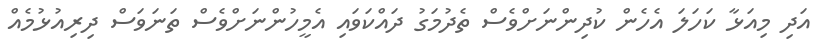
އަދި މިއަޅާ ކަހަލަ އެހެން ކުދިންނަށްވެސް ތެދުމަގު ދައްކަވައި އެމީހުންނަށްވެސް ތަނަވަސް ދިރިއުޅުމެއް